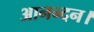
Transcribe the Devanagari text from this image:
आनन्दन।